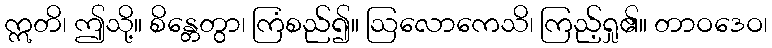
ဣတိ၊ ဤသို့။ စိန္တေတွာ၊ ကြံစည်၍။ ဩလောကေသိ၊ ကြည့်ရှု၏။ တာဝဒေဝ၊